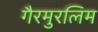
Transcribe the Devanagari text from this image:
गैरमुरलिम